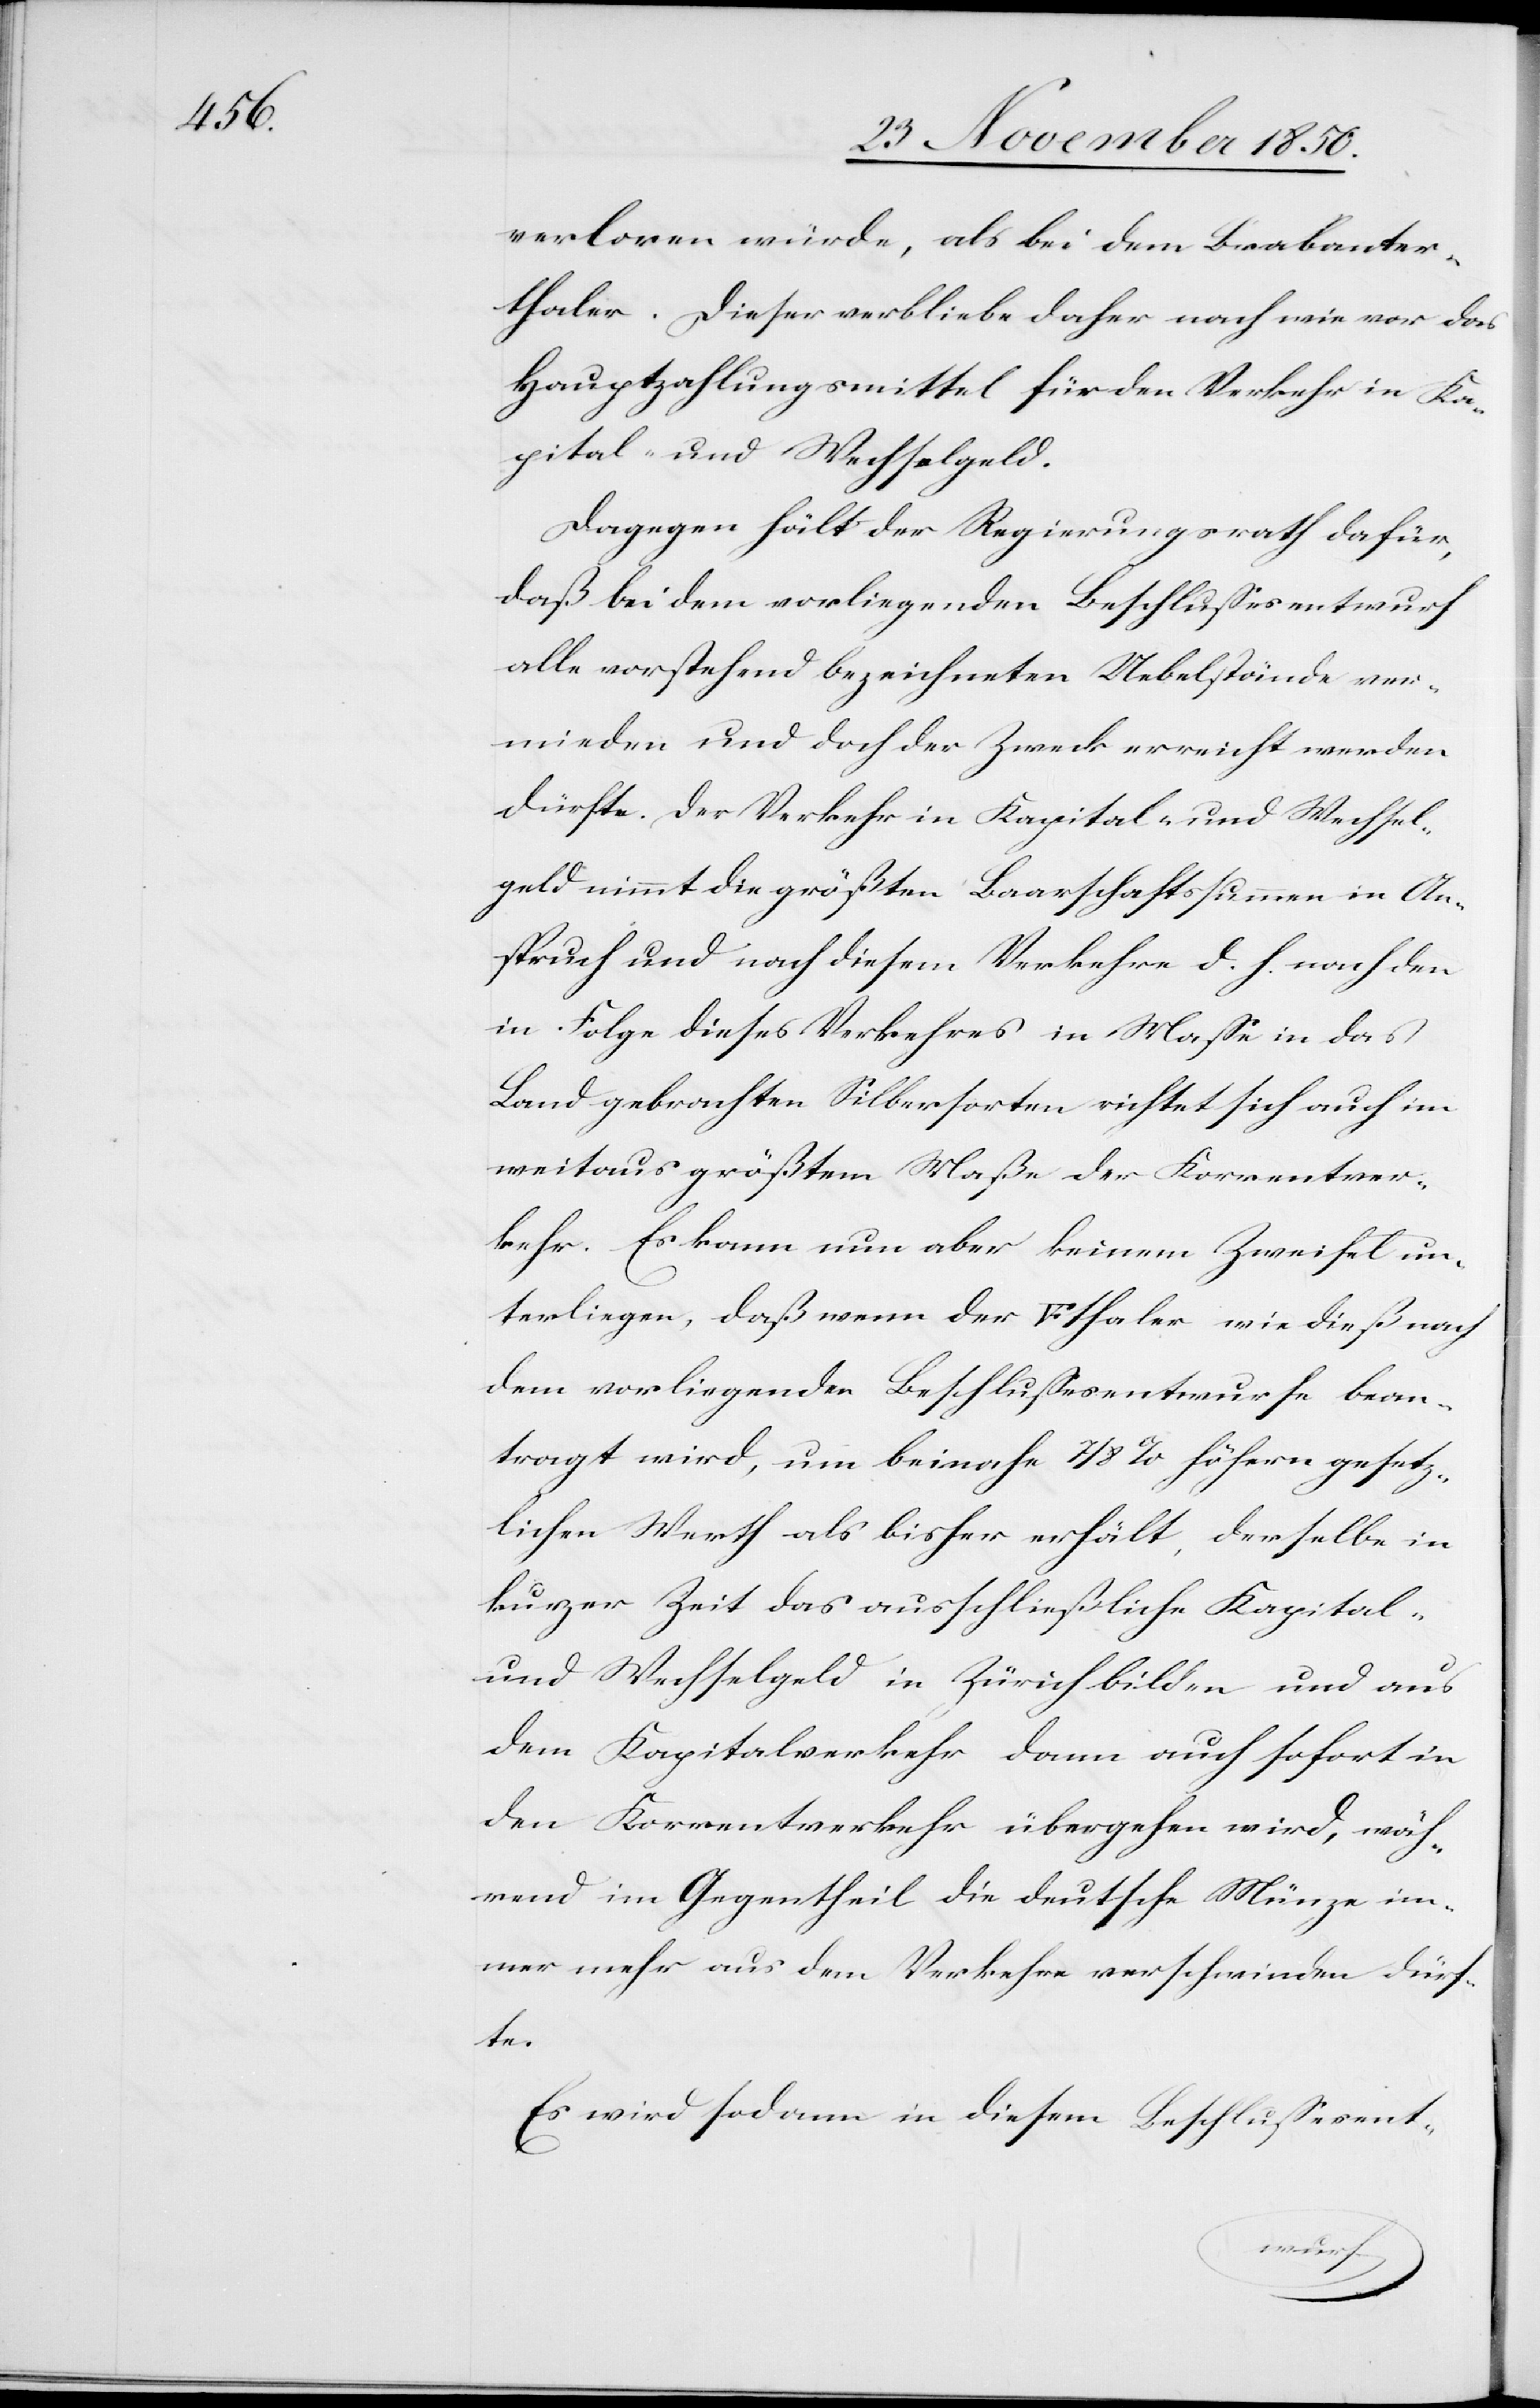
verloren würde, als bei dem Brabanter¬
thaler. Dieser verbliebe daher nach wie vor das
Hauptzahlungsmittel für den Verkehr in Ka¬
pital- und Wechselgeld.
Dagegen hält der Regierungsrath dafür,
daß bei dem vorliegenden Beschlussesentwurf
alle vorstehend bezeichneten Uebelstände ver¬
mieden und doch der Zweck erreicht werden
dürfte. Der Verkehr in Kapital- und Wechsel¬
geld nimmt die größten Baarschaftssummen in An¬
spruch und nach diesem Verkehre d. h. nach den
in Folge dieses Verkehres in Masse in das
Land gebrachten Silbersorten richtet sich auch im
weitaus größtem Maße der Korrentver¬
kehr. Es kann nun aber keinem Zweifel un¬
terliegen, daß wenn der [Fünffranken]thaler wie dieß nach
dem vorliegenden Beschlussesentwurfe bean¬
tragt wird, um beinahe 7/8 % höhern gesetz¬
lichen Werth als bisher erhält, derselbe in
kurzer Zeit das ausschließliche Kapital-
und Wechselgeld in Zürich bilden und aus
dem Kapitalverkehr dann auch sofort in
den Korrentverkehr übergehen wird, wäh¬
rend im Gegentheil die deutsche Münze im¬
mer mehr aus dem Verkehre verschwinden dürf¬
te.
Es wird sodann in diesem Beschlussesent-